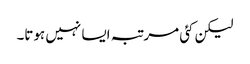
لیکن کئی مرتبہ ایسا نہیں ہوتا۔